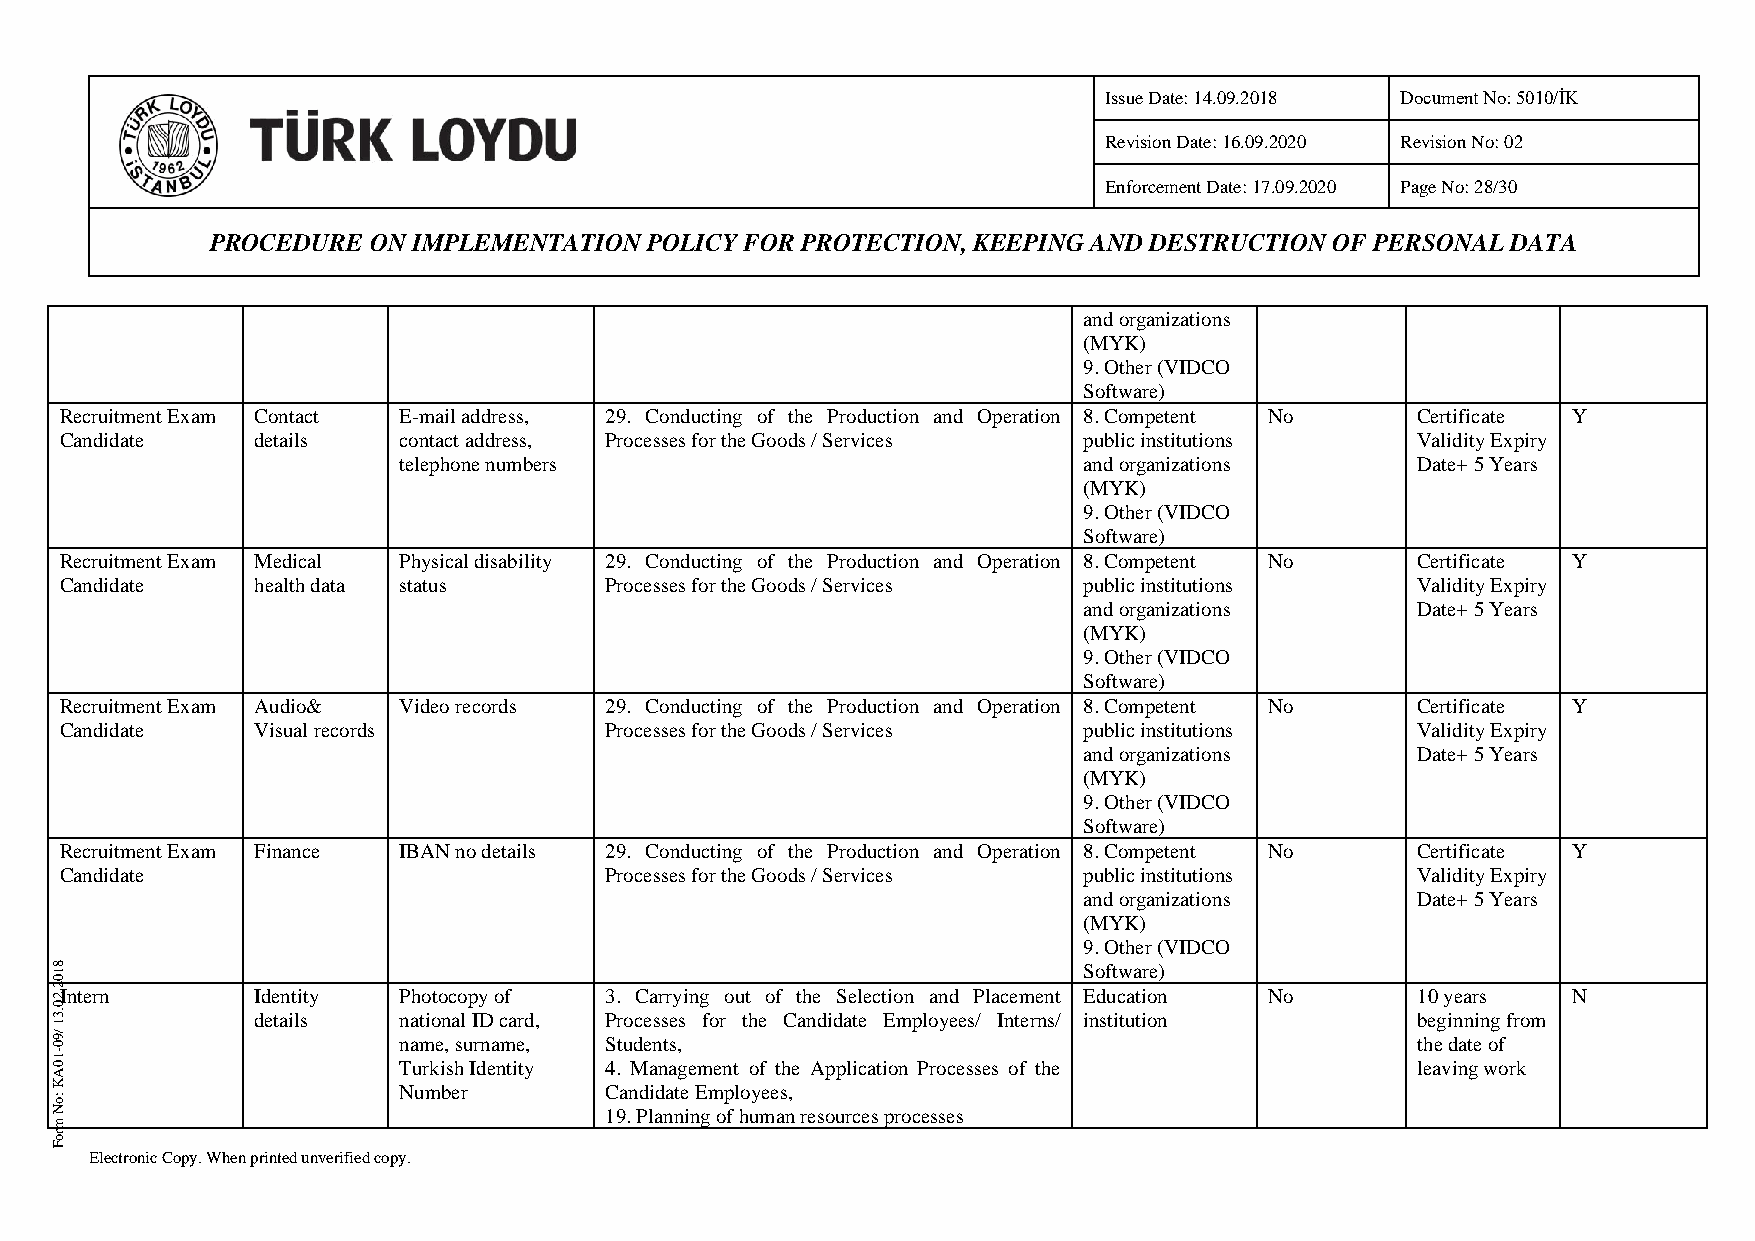
Issue Date: 14.09.2018 Document No: 5010/İK
 Revision Date: 16.09.2020 Revision No: 02
 Enforcement Date: 17.09.2020 Page No: 28/30
 PROCEDURE ON IMPLEMENTATION  POLICY FOR PROTECTION, KEEPING AND DESTRUCTION OF PERSONAL DATA
 and organizations
 (MYK)
 9. Other (VIDCO
 Software)
 Recruitment Exam Contact E-mail address, 29. Conducting of the Production and Operation 8. Competent No Certificate Y
 Candidate    details  contact address, Processes for the Goods / Services public institutions Validity Expiry
 telephone numbers                             and organizations     Date+ 5 Years
 (MYK)
 9. Other (VIDCO
 Software)
 Recruitment Exam Medical Physical disability 29. Conducting of the Production and Operation 8. Competent No Certificate Y
 Candidate    health data status     Processes for the Goods / Services public institutions Validity Expiry
 and organizations     Date+ 5 Years
 (MYK)
 9. Other (VIDCO
 Software)
 Recruitment Exam Audio& Video records 29. Conducting of the Production and Operation 8. Competent No Certificate Y
 Candidate    Visual records         Processes for the Goods / Services public institutions Validity Expiry
 and organizations     Date+ 5 Years
 (MYK)
 9. Other (VIDCO
 Software)
 Recruitment Exam Finance IBAN no details 29. Conducting of the Production and Operation 8. Competent No Certificate Y
 Candidate                           Processes for the Goods / Services public institutions Validity Expiry
 and organizations     Date+ 5 Years
 (MYK)
 9. Other (VIDCO
 8 1                                                                  Software)
 0
 2 .2Intern    Identity Photocopy of  3. Carrying out of the Selection and Placement Education No 10 years N
 0
 .3            details  national ID card, Processes for the Candidate Employees/ Interns/ institution beginning from
 1
 / 09                   name, surname, Students,                                            the date of
 1 0-                   Turkish Identity 4. Management of the Application Processes of the  leaving work
 A
 K
 :o
 Number        Candidate Employees,
 N                                    19. Planning of human resources processes
 m
 ro
 F
 Electronic Copy. When printed unverified copy.